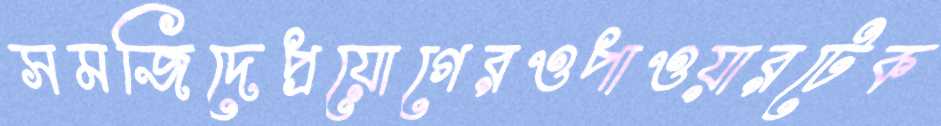
সমজিদেপ্রয়োগেরওপাওয়ারটেক